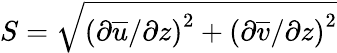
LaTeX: S=\sqrt{{(\partial\overline{{u}}/\partial z)}^{2}+{(\partial\overline{{v}}/\partial z)}^{2}}